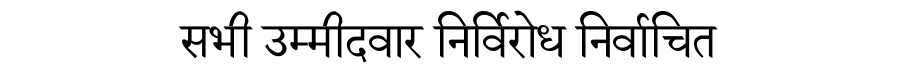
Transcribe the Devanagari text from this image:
सभी उम्मीदवार निर्विरोध निर्वाचित